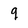
Character: q